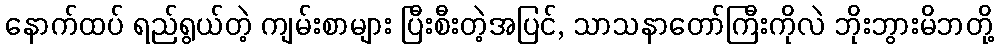
နောက်ထပ် ရည်ရွယ်တဲ့ ကျမ်းစာများ ပြီးစီးတဲ့အပြင်, သာသနာတော်ကြီးကိုလဲ ဘိုးဘွားမိဘတို့